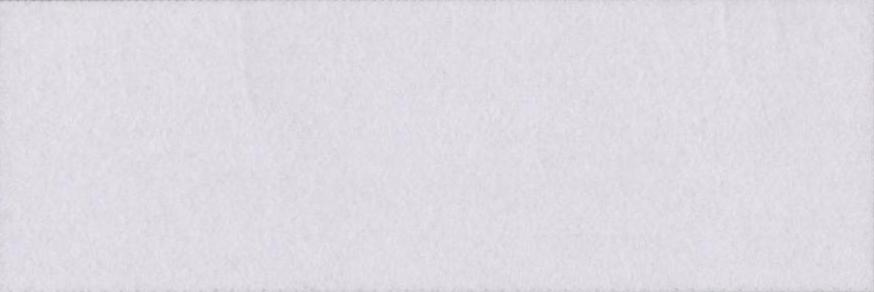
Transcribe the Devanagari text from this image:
भयानक